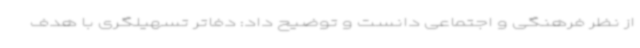
از نظر فرهنگی و اجتماعی دانست و توضیح داد: دفاتر تسهیلگری با هدف